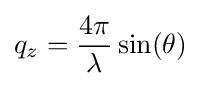
q_{z}={\frac {4\pi }{\lambda }}\sin(\theta )